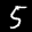
Label: 5